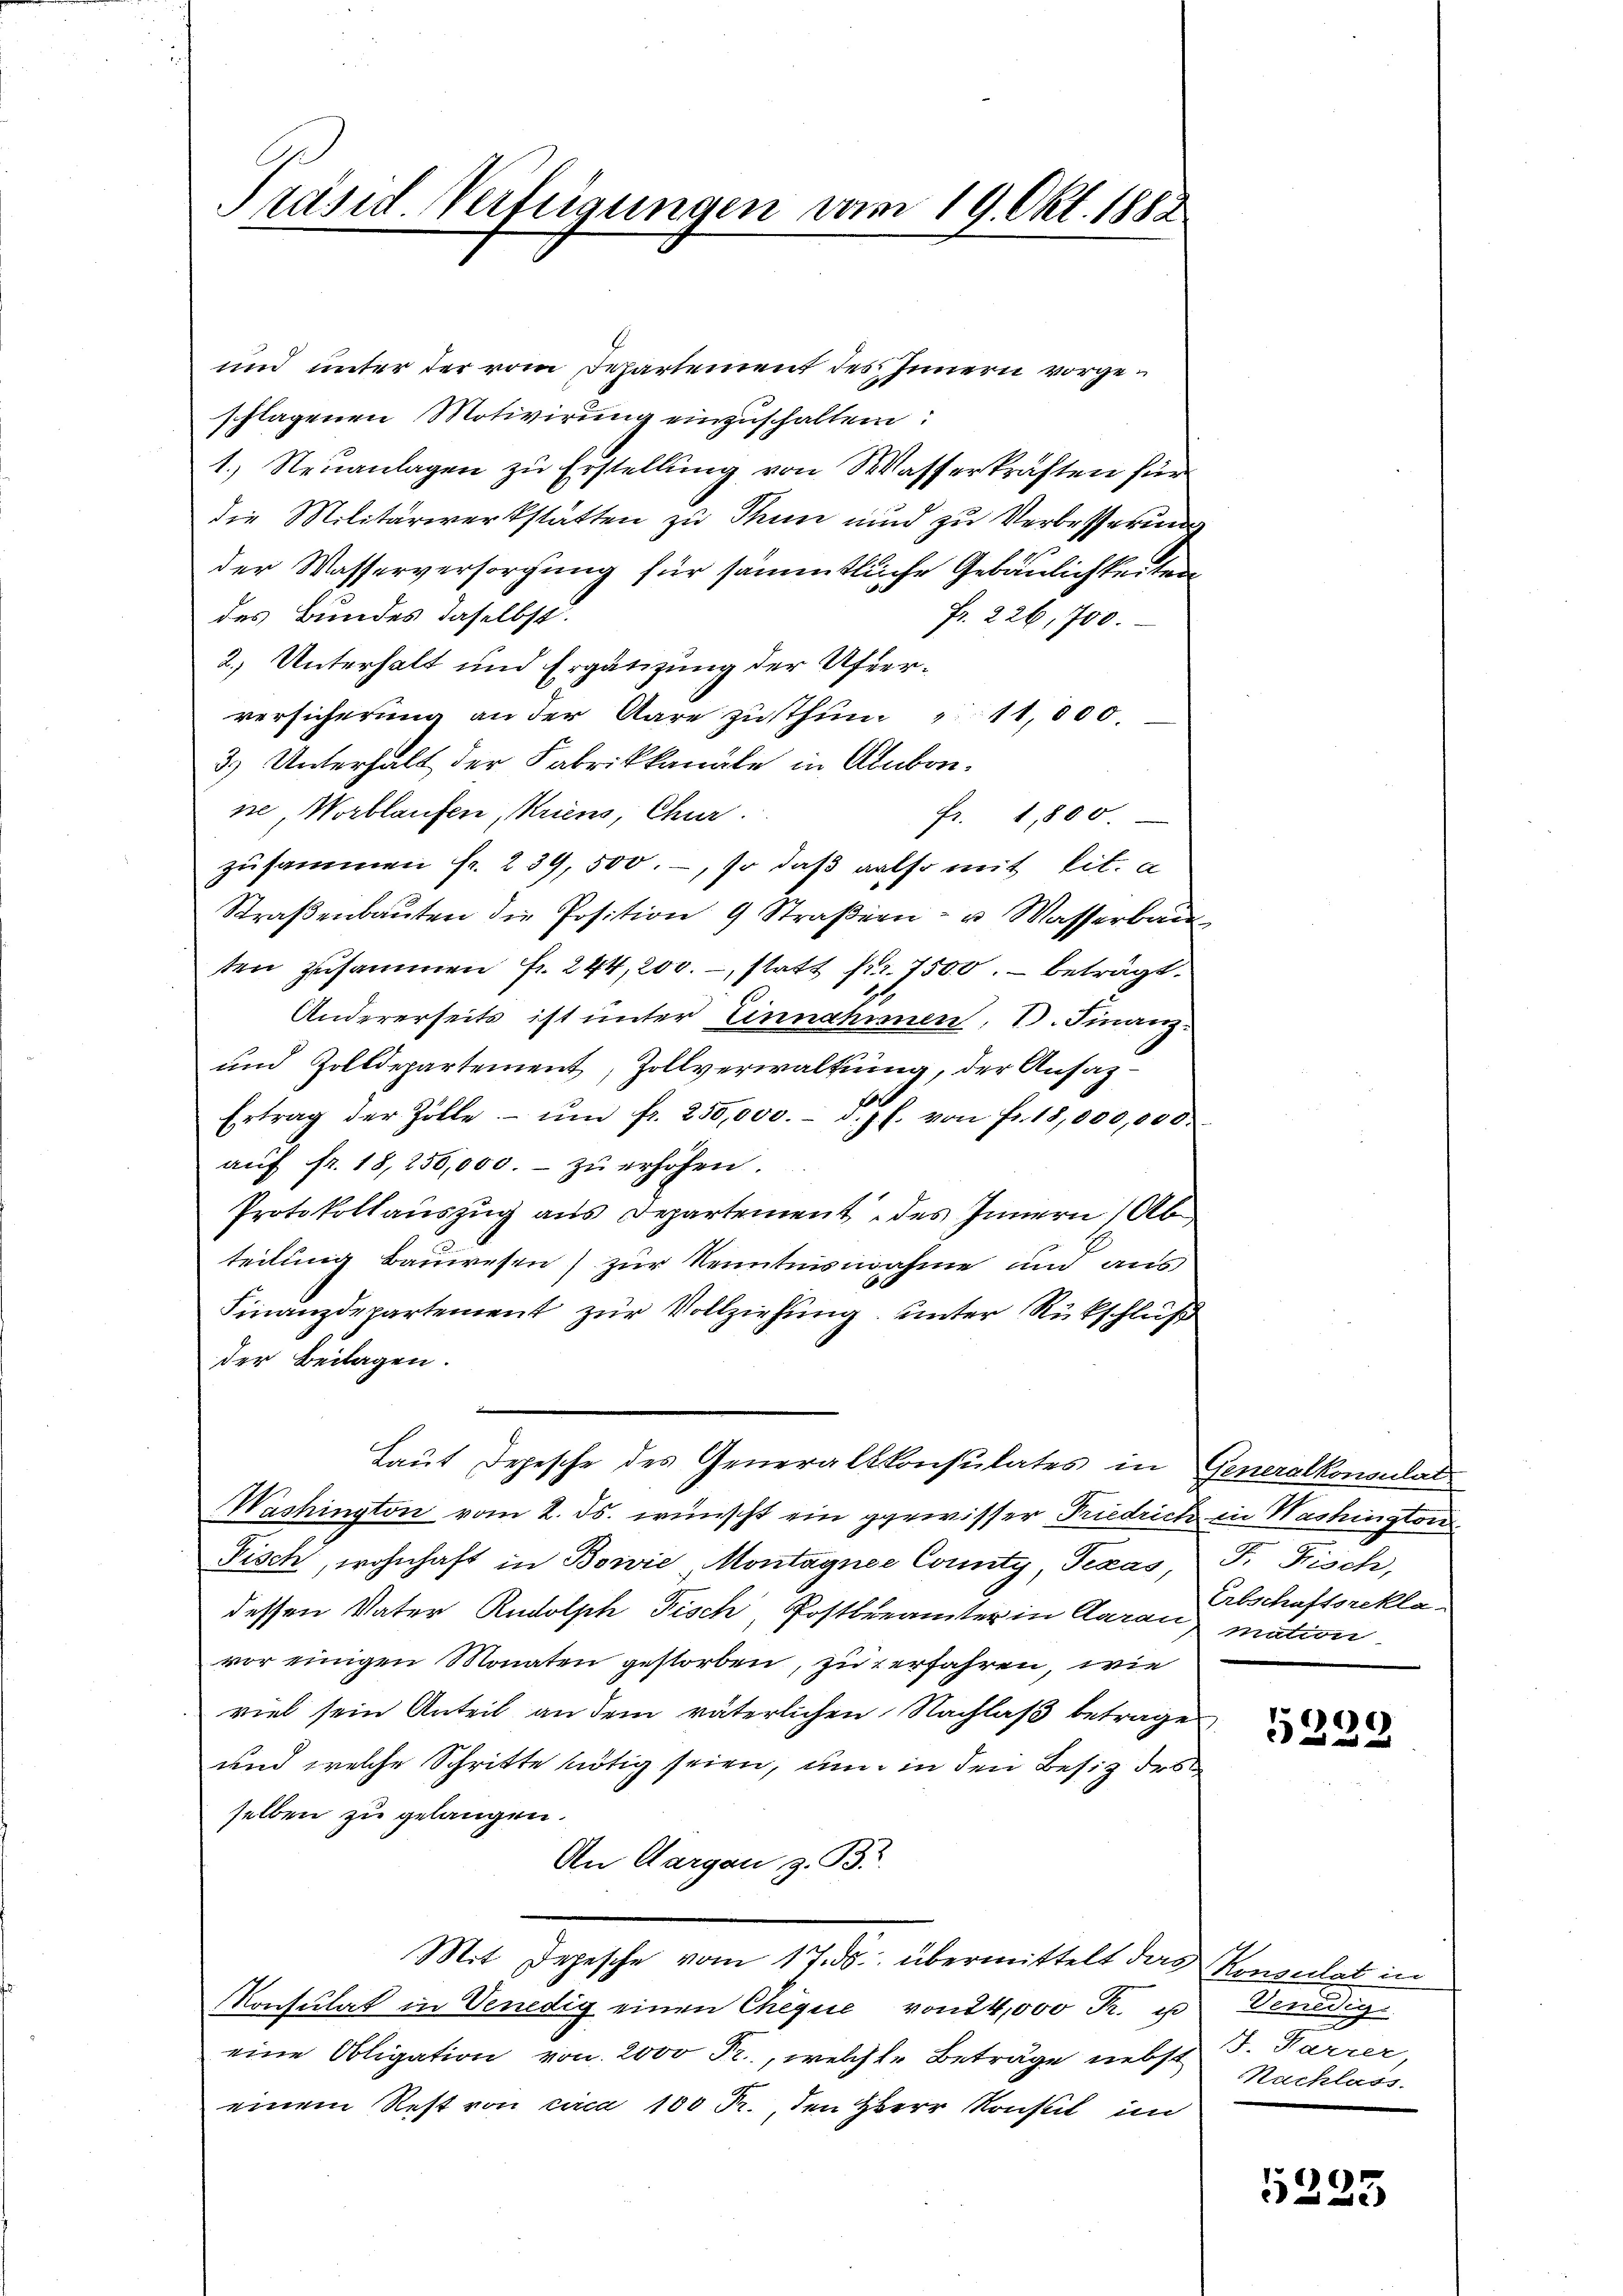
Präsid. Verfügungen vom 19. Okt. 1882

und unter der vom Departement des Innern vorgeschlagenen Motivirung einzuschalten:
1.) Neuanlagen zu Erstellung von Wasserkräften für
die Militärwerkstatten zu Thun und zu Verbesserung
der Wasserversorgung für sämmtliche Gebäulichkeiten
des Bundes daselbst.
Fr. 226,700.
2.) Unterhalt und Ergänzung der Uferversicherung an der Aare zu thun " 11,000.
3) Unterhalt der Fabrikkanäle in Abonne Wortlaufen, Kriens, Chur.
fr. 1800.
zusammen fr. 239, 500.-, so daß also mit tit. a
Straβenbaŭten die Position 9 Straβern- u Wasserbau
ten zusammen fr. 244, 200.-, statt Nr. 7500. beträgt.
Andererseits ist unter Einnahmen, d. Finanz-
und Zolldepartement, Zollverwaltung, der Ansaz¬
1
Ertrag der Zolle ŭm fr. 250,000. d. J. J. von Fr. 18,000,000
aŭf fr. 18, 250,000.- zŭ erhöhen.
Protokollauszug aus Departement des Innern (Ab
teilung Bauwesen) zur Kenntnisnahme un aus
Finanzdepartement zur Vollziehung unter Rückschluß
der Beilagen.
Laut Depesche des Generalkonsulates in Generalkonsulat
Washington vom 2. ds. wünscht ein gewisser Friedrich in Washington
Fisch, wohnhaft in Bowie Montagnee County, Texas,
dessen Vater Rudolph Fisch, Postberamter in Aarau mation
vor einigen Monaten gestorben, zu verfahren, wie
viel sein Anteil an dem väterlichen Nachlaß betrage
und welche Schritte nötig seien, um in den Besitz des
selben zu gelangen.
An Aargau z. B.
Mit Depesche vom 17. ds. übermittelt der Konsulat in
Konsulat in Venedig einen Cheque von 14,000 Fr. u Venedig
eine Obligation von 2000 Fr., welcher Betrage nebst d. Parrer,
einem Rest von circa 100 Fr. den HHerr Konstil in

F. Fisch,
Erbschaftsrekla-

.
)
526.

Nachlass.

5223